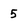
Character: 5